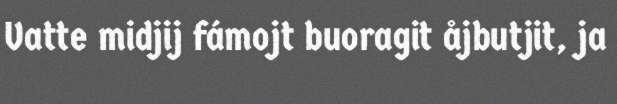
Vatte midjij fámojt buoragit åjbutjit, ja